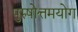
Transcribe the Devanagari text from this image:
पुरुषोत्तमयोग